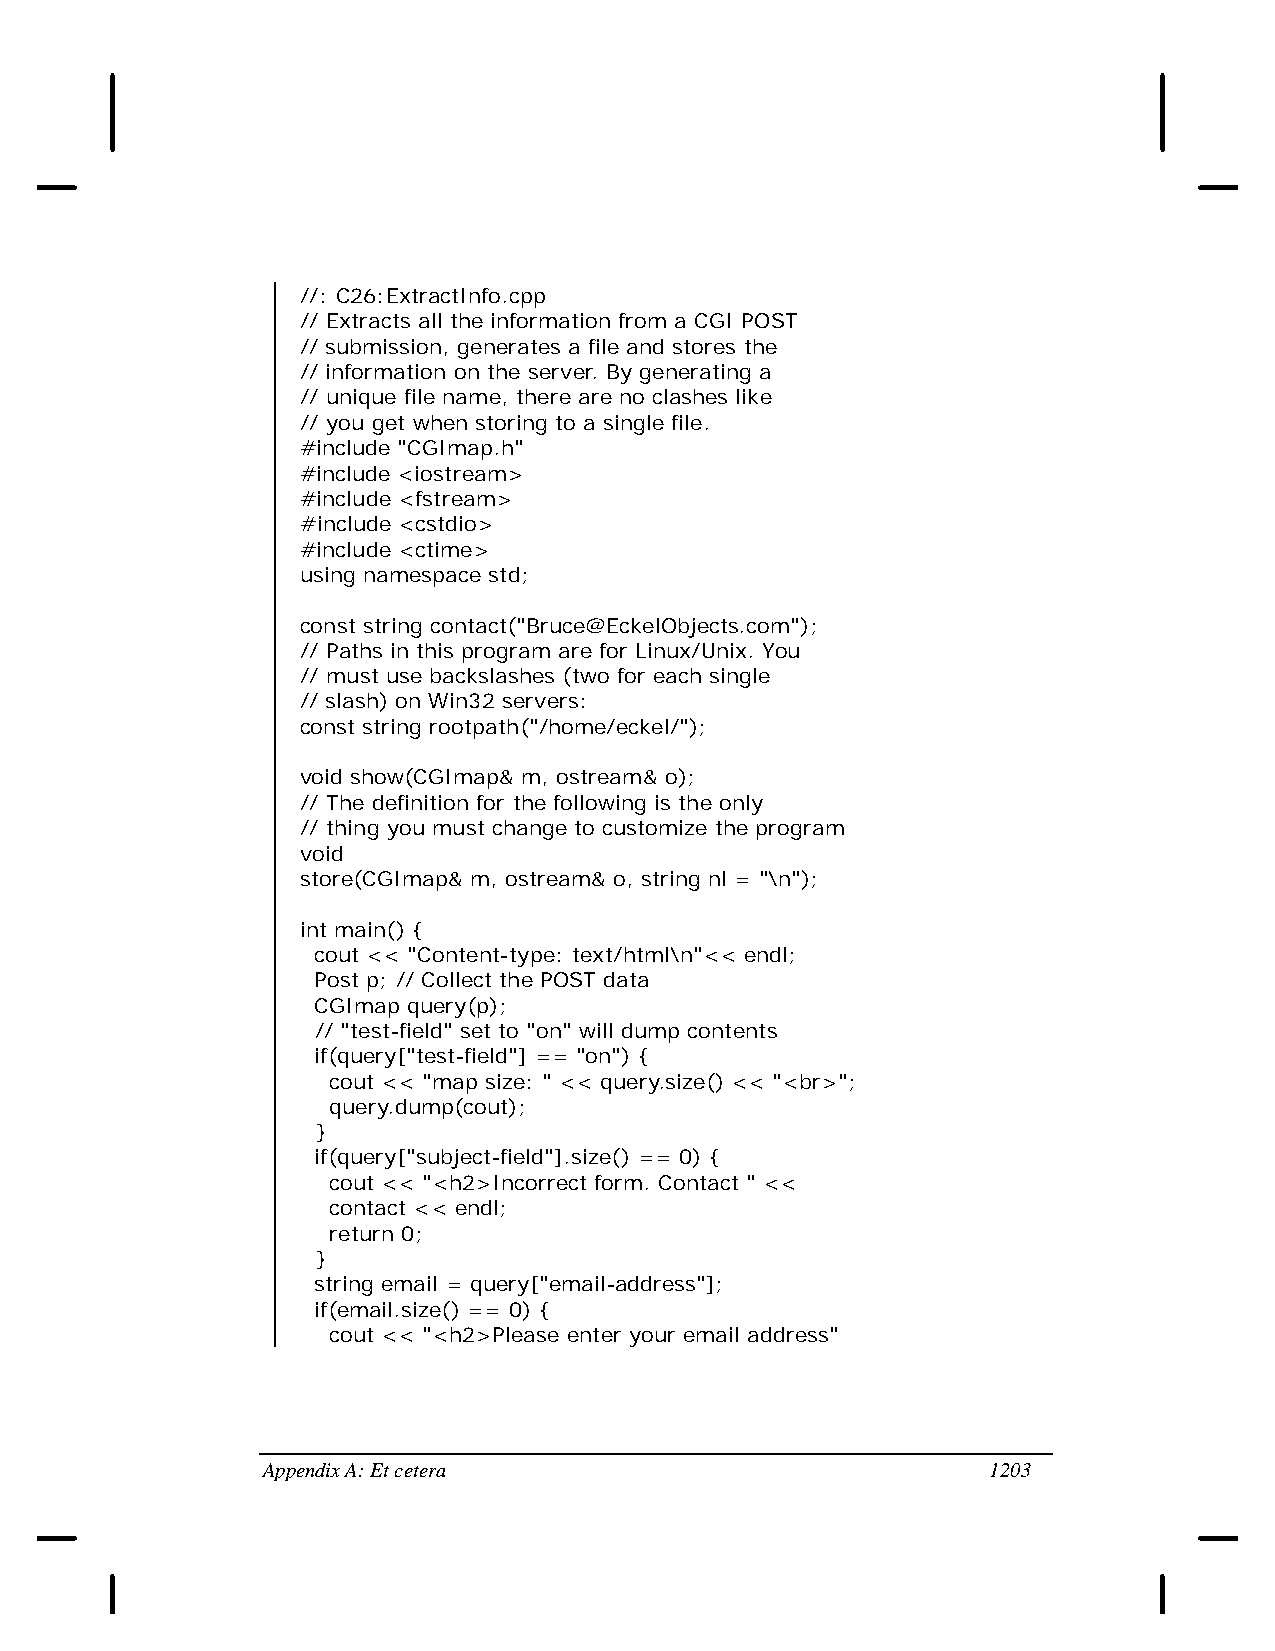
//: C26:ExtractInfo.cpp
 // Extracts all the information from a CGI POST
 // submission, generates a file and stores the
 // information on the server. By generating a
 // unique file name, there are no clashes like
 // you get when storing to a single file.
 #include "CGImap.h"
 #include <iostream>
 #include <fstream>
 #include <cstdio>
 #include <ctime>
 using namespace std;
 const string contact("Bruce@EckelObjects.com");
 // Paths in this program are for Linux/Unix. You
 // must use backslashes (two for each single
 // slash) on Win32 servers:
 const string rootpath("/home/eckel/");
 void show(CGImap& m, ostream& o);
 // The definition for the following is the only
 // thing you must change to customize the program
 void
 store(CGImap& m, ostream& o, string nl = "\n");
 int main() {
 cout << "Content-type: text/html\n"<< endl;
 Post p; // Collect the POST data
 CGImap query(p);
 // "test-field" set to "on" will dump contents
 if(query["test-field"] == "on") {
 cout << "map size: " << query.size() << "<br>";
 query.dump(cout);
 }
 if(query["subject-field"].size() == 0) {
 cout << "<h2>Incorrect form. Contact " <<
 contact << endl;
 return 0;
 }
 string email = query["email-address"];
 if(email.size() == 0) {
 cout << "<h2>Please enter your email address"
 Appendix A: Et cetera                           1203